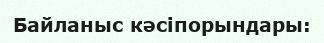
Байланыс кәсіпорындары: